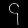
Digit: ၄